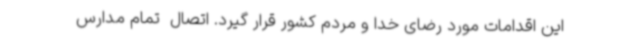
این اقدامات مورد رضای خدا و مردم کشور قرار گیرد. اتصال  تمام مدارس